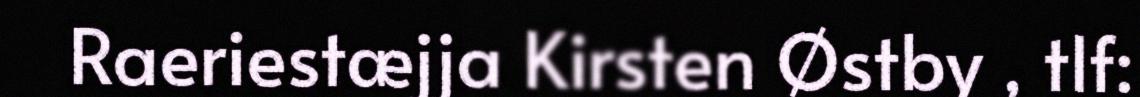
Raeriestæjja Kirsten Østby , tlf: